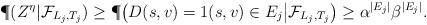
LaTeX: \begin{align*}\P(Z^\eta|\mathcal F_{L_j,T_j})\geq \P\big(D(s,v)=1(s,v)\in E_j\big|\mathcal F_{L_j,T_j}\big)\geq \alpha^{|E_j|}\beta^{|E_j|}.\end{align*}